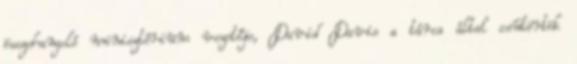
összehangoló minisztérium vezetője, David Davis a tárca által csütörtök